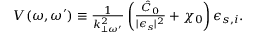
\begin{array} { r } { V ( \omega , \omega ^ { \prime } ) \equiv \frac { 1 } { k _ { \perp \omega ^ { \prime } } ^ { 2 } } \left( \frac { \hat { C } _ { 0 } } { \lvert \epsilon _ { s } \rvert ^ { 2 } } + \chi _ { 0 } \right) \epsilon _ { s , i } . } \end{array}